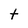
Character: t